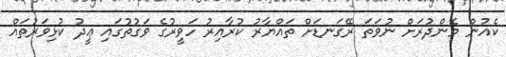
ކެއުން މެންދުރަށް ނުވަތަ ރޭގަނޑަށް ތައްޔާރު ކުރާއިރު ހަވީރުގެ ވަގުތުގައި ޢީދު ކުޅިވަރުތައް